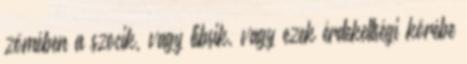
zömében a szocik, vagy libsik, vagy ezek érdekeltségi körébe